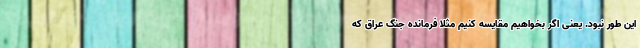
این طور نبود. یعنی اگر بخواهیم مقایسه کنیم مثلا فرمانده جنگ عراق که